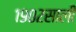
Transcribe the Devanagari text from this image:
१९०२साली